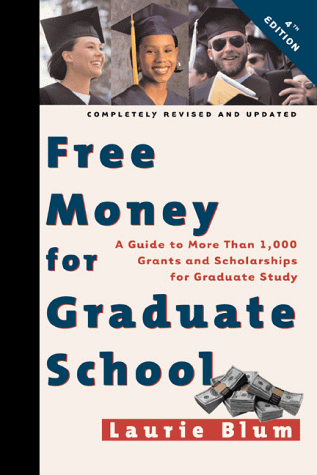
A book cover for Free Money for Graduate School: A Guide to More Than 1,000 Grants and Scholarships for Graduate Study; Laurie Blum; Test Preparation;